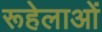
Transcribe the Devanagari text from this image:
रूहेलाओं